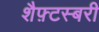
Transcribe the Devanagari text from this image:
शैफ़्टस्बरी